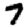
Digit: 7